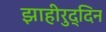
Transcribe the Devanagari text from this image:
झाहीरुद्दिन